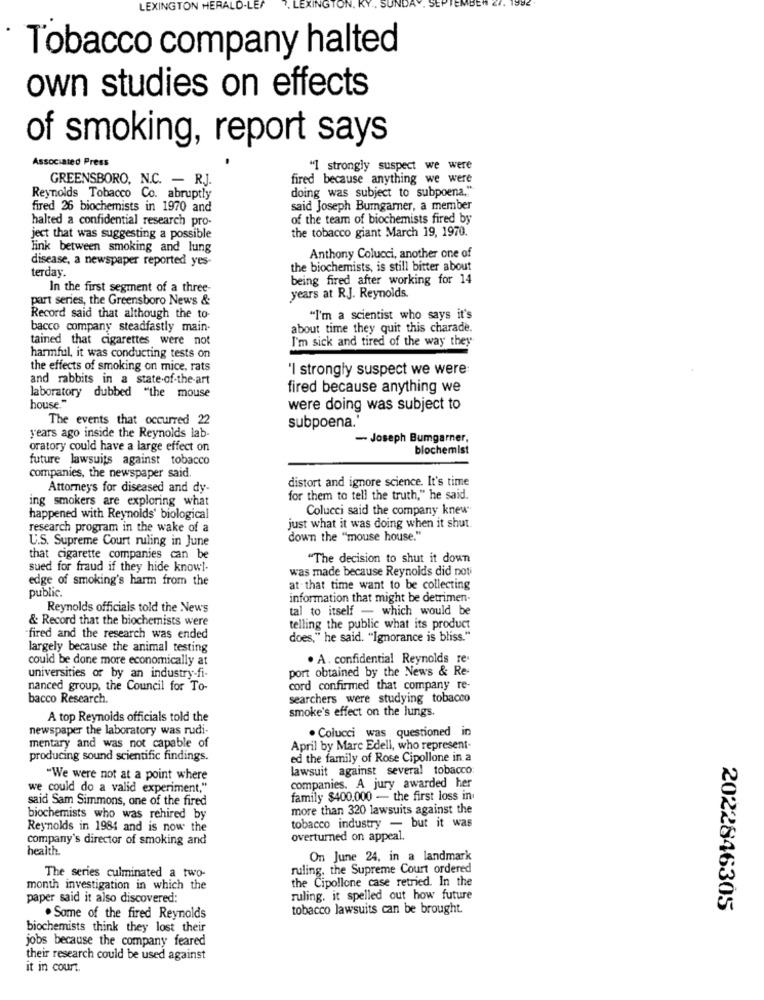
LEXINGTON HERALD.
Tobacco company halted
own studies on effects
of smoking, report says
Associated Press
"I strongly suspect we were
GREENSBORO, N.C. - R.J.
fired because anything we were
doing was subject to subpoena."
Reynolds Tobacco Co. abruptly
fired 26 biochemists in 1970 and
said Joseph Bumgarner, a member
halted a confidential research pro-
of the team of biochemists fired by
the tobacco giant March 19, 1970.
ject that was suggesting a possible
link between smoking and lung
disease, a newspaper reported yes-
Anthony Colucci, another one of
terday.
the biochemists, is still bitter about
being fired after working for 14
In the first segment of a three-
part series, the Greensboro News &
years at R.J. Reynolds.
Record said that although the to-
"I'm a scientist who says it's
bacco company steadfastly main-
about time they quit this charade.
tained that cigarettes were not
I'm sick and tired of the way they
harmful, it was conducting tests on
the effects of smoking on mice, rats
'I strongly suspect we were:
and rabbits in a state-of-the-art
laboratory dubbed "the mouse
fired because anything we
house."
were doing was subject to
The events that occurred 22
subpoena.'
years ago inside the Reynolds lab-
- Joseph Bumgarner,
oratory could have a large effect on
blochemist
future lawsuits against tobacco
companies, the newspaper said.
distort and ignore science. It's time
Attorneys for diseased and dy-
ing smokers are exploring what
for them to tell the truth," he said.
Colucci said the company knew
happened with Reynolds' biological
research program in the wake of a
just what it was doing when it shut.
U.S. Supreme Court ruling in June
down the "mouse house."
that cigarette companies can be
"The decision to shut it down
sued for fraud if they hide knowl-
was made because Reynolds did noti
edge of smoking's harm from the
public.
at that time want to be collecting
information that might be detrimen-
Reynolds officials told the News
tal to itself - which would be
& Record that the biochemists were
telling the public what its product
"fired and the research was ended
does," he said. "Ignorance is bliss."
largely because the animal testing
could be done more economically at
. A. confidential Reynolds re-
port obtained by the News & Re-
universities or by an industry-fi-
nanced group, the Council for To-
cord confirmed that company re-
bacco Research.
searchers were studying tobacco
smoke's effect on the lungs.
A top Reynolds officials told the
newspaper the laboratory was rudi-
· Colucci was questioned in
mentary and was not capable of
April by Marc Edell, who represent-
producing sound scientific findings.
ed the family of Rose Cipollone in a
lawsuit against several tobacco
"We were not at a point where
companies. A jury awarded her
we could do a valid experiment,"
said Sam Simmons, one of the fired
family $400.000 - the first loss in
more than 320 lawsuits against the
biochemists who was rehired by
Reynolds in 1984 and is now the
tobacco industry - but it was
company's director of smoking and
overturned on appeal.
health
On June 24, in a landmark
ruling, the Supreme Court ordered
The series culminated a two-
the Cipollone case retried. In the
month investigation in which the
paper said it also discovered:
ruling. it spelled out how future
tobacco lawsuits can be brought.
2022846305
. Some of the fired Reynolds
biochemists think they lost their
jobs because the company feared
their research could be used against
it in court.